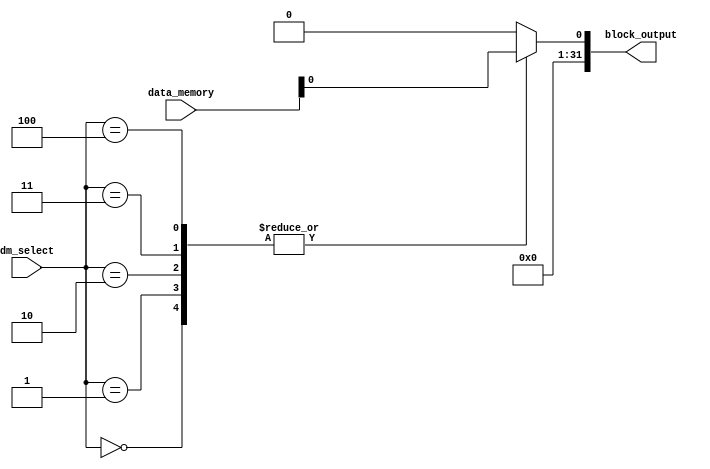
module loadblock(data_memory,block_output,dm_select);
  input [31:0] data_memory;
  output reg [31:0] block_output;
  input [2:0] dm_select;
    assign lb={ {24{data_memory[7]}},data_memory[7:0]};
    assign lh={ {16{data_memory[15]}} ,data_memory[15:0]};
    assign lw=data_memory[31:0];
    assign lbu={ 24'b0,data_memory[7:0]};
    assign lhu={ 16'b0,data_memory[15:0]};
     always @(*) begin
        case (dm_select)
            3'b000: block_output = lb; // Select lb
            3'b001: block_output = lh; // Select lh
            3'b010: block_output = lw; // Select lw
            3'b011: block_output = lbu; // Select lbu
            3'b100: block_output = lhu; // Select lhu
            default: block_output = 32'b0; // default case
        endcase
    end
endmodule